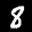
Digit: 8